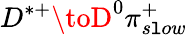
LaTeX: D^{*+}\toD^{0}\pi_{s\mathtt{l}ow}^{+}